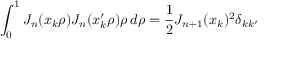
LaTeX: \int _ { 0 } ^ { 1 } J _ { n } ( x _ { k } \rho ) J _ { n } ( x _ { k } ^ { \prime } \rho ) \rho \, d \rho = { \frac { 1 } { 2 } } J _ { n + 1 } ( x _ { k } ) ^ { 2 } \delta _ { k k ^ { \prime } }